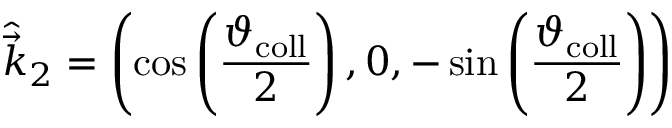
\hat { \vec { k } } _ { 2 } = \left( \cos \left( \frac { \vartheta _ { \mathrm { c o l l } } } { 2 } \right) , 0 , - \sin \left( \frac { \vartheta _ { \mathrm { c o l l } } } { 2 } \right) \right)